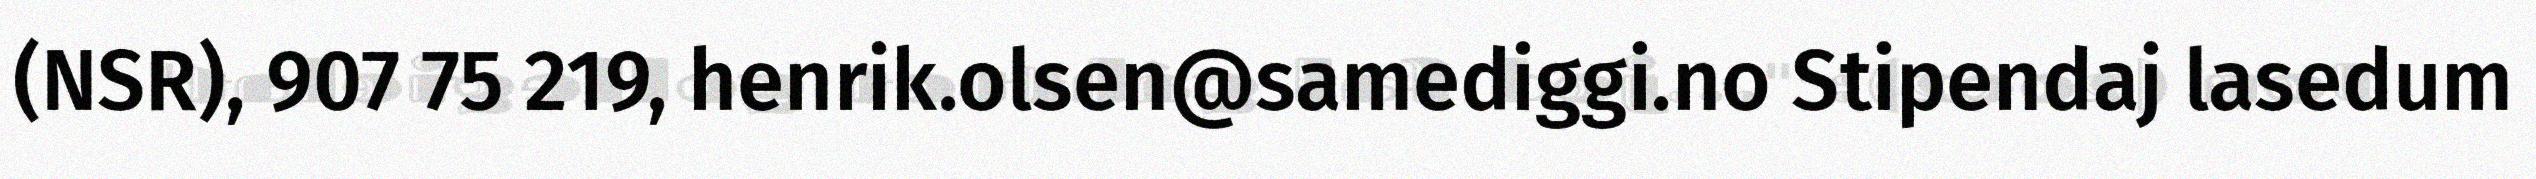
(NSR), 907 75 219, henrik.olsen@samediggi.no Stipendaj lasedum